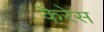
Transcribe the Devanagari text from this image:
कैरेस